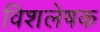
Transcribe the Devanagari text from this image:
विशलेषक